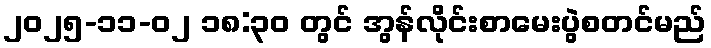
၂၀၂၅-၁၁-၀၂ ၁၈:၃၀ တွင် အွန်လိုင်းစာမေးပွဲစတင်မည်